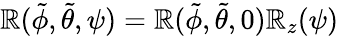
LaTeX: \mathbb{R}(\tilde{{\phi}},\tilde{{\theta}},\psi)=\mathbb{R}(\tilde{{\phi}},\tilde{{\theta}},0)\mathbb{R}_{z}(\psi)